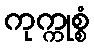
ကုက္ကုစ္စံ